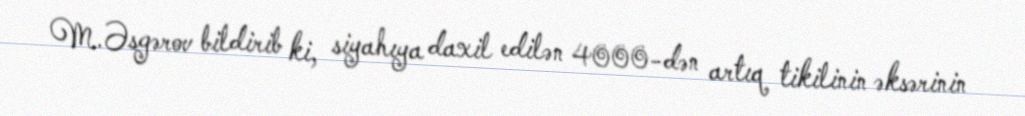
M.Əsgərov bildirib ki, siyahıya daxil edilən 4000-dən artıq tikilinin əksərinin